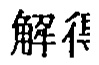
解得